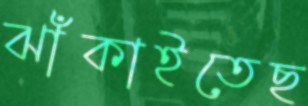
ঝাঁকাইতেছ